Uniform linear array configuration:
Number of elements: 12
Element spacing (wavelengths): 1
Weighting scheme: uniform
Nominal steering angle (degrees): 30
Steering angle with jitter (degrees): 30.191
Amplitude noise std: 0.05
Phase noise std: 0.05

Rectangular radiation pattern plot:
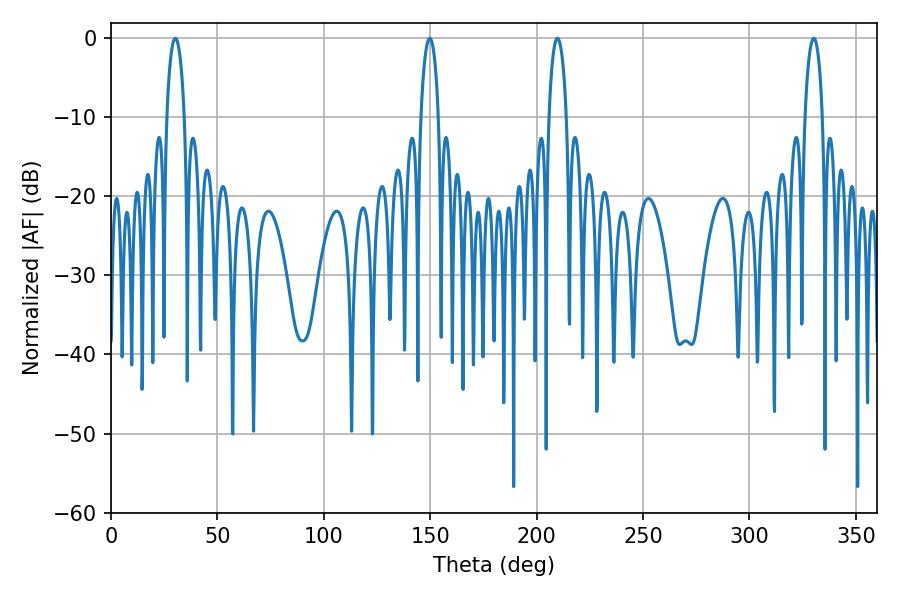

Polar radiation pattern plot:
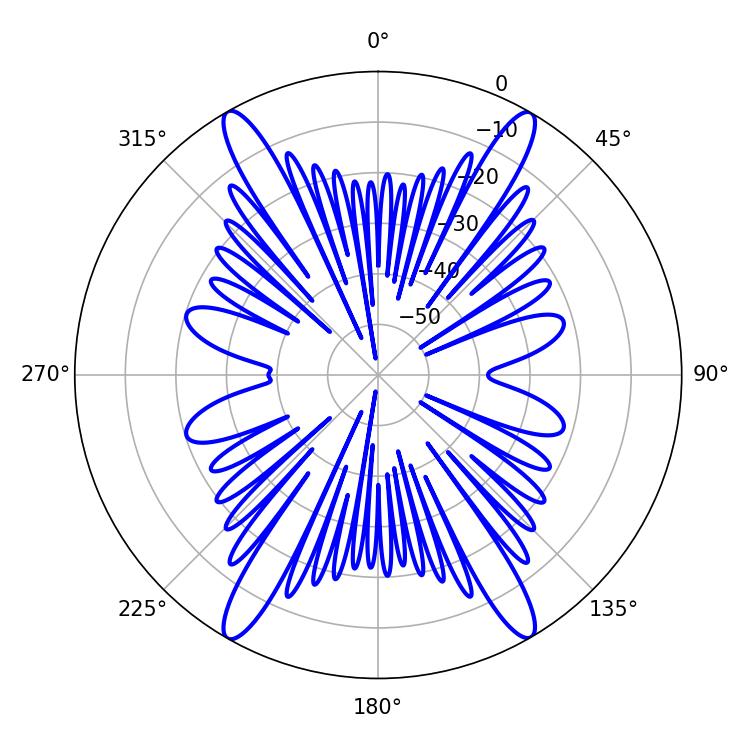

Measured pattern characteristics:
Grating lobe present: TRUE
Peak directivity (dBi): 31.431
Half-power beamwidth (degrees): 4.68
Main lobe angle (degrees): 30.24